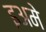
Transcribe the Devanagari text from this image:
इअमे